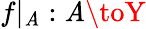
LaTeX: f|_{\mathit{A}}:\mathit{A}\toY